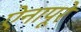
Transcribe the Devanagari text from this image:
ऐनापूरे